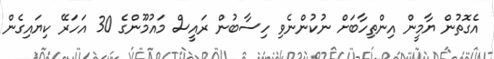
އެގޮތުން ޔާމީން އިންތިހާބަށް ނުކުންނެވި ހިސާބުން ރައީސް މައުމޫންގެ 30 އަހަރޭ ކިޔައިގެން